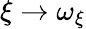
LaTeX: \xi\to\omega_{\xi}